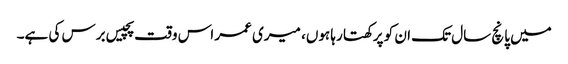
میں پانچ سال تک ان کو پرکھتا رہا ہوں، میری عمر اس وقت پچیس برس کی ہے۔